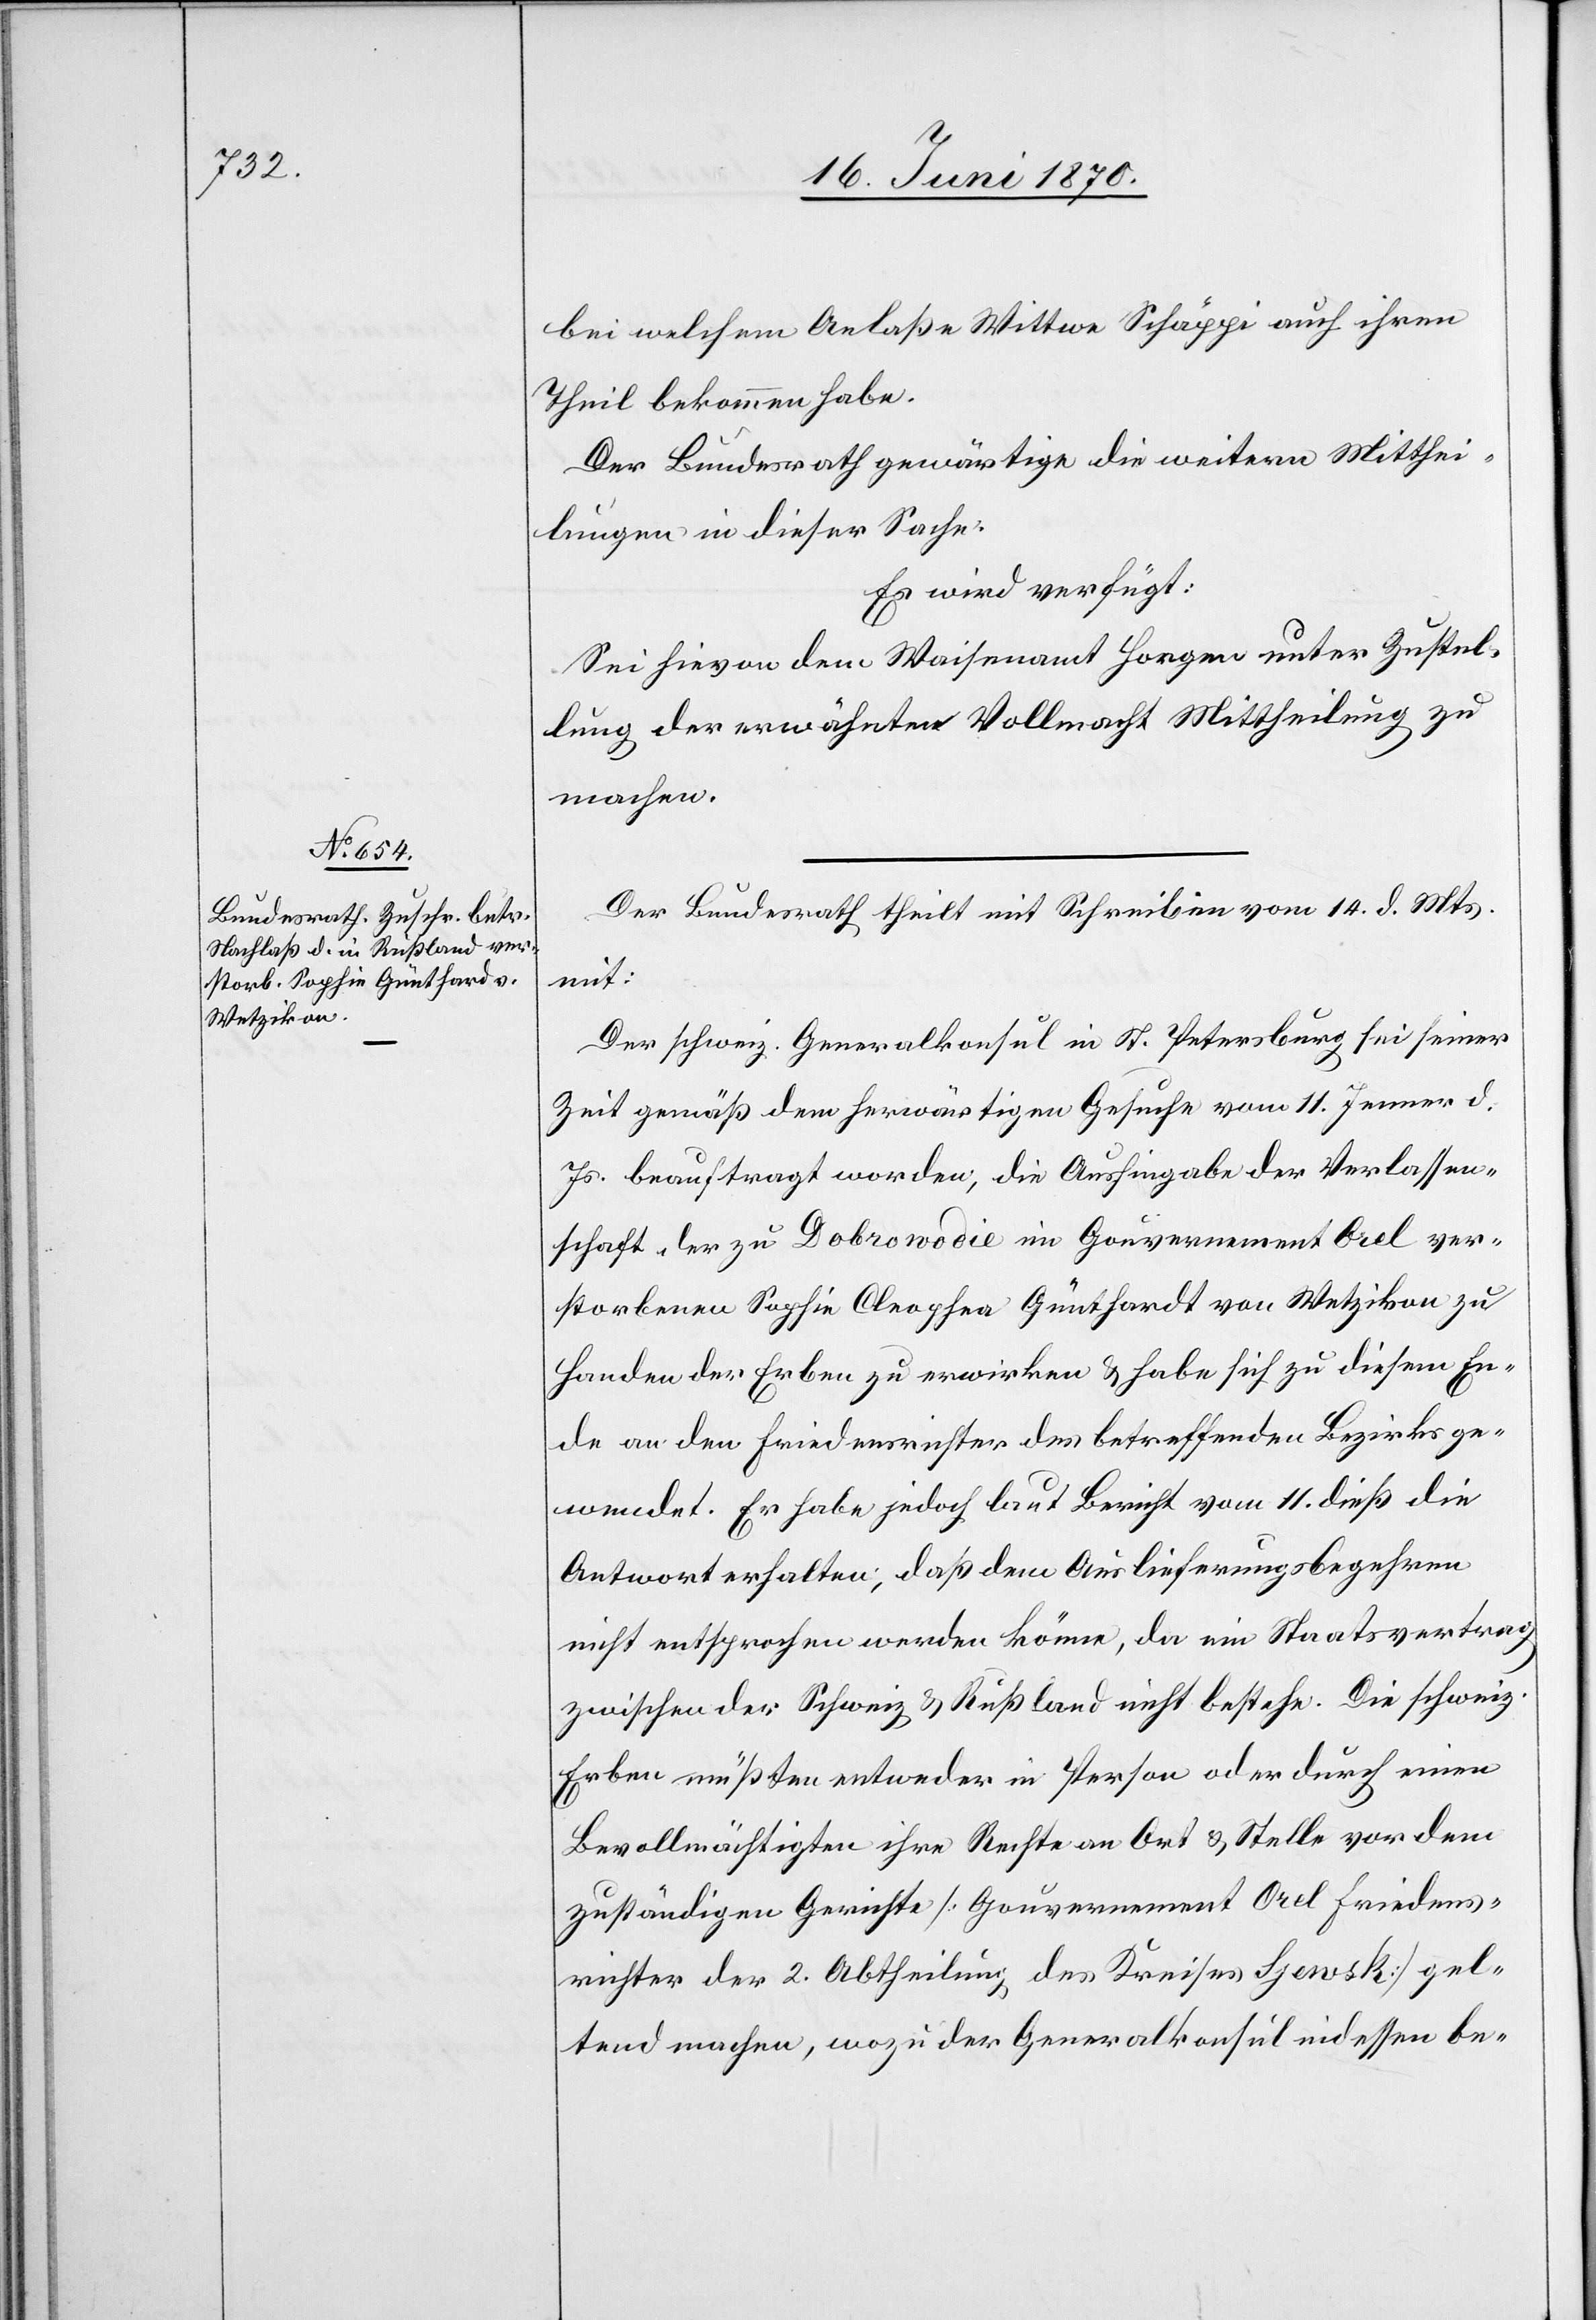
20. Juni 1870.]
bei welchem Anlaße Wittwe Schäppi auch ihren
Theil bekommen habe.
Der Bundesrath gewärtige die weitern Mitthei¬
lungen in dieser Sache.
Es wird verfügt:
Sei hievon dem Waisenamt Horgen unter Zustel¬
lung der erwähnten Vollmacht Mittheilung zu
machen.
Der Bundesrath theilt mit Schreiben vom 14. d. Mts.
mit:
Der schweiz. Generalkonsul in St. Petersburg sei seiner
Zeit gemäß dem herwärtigen Gesuche vom 11. Jenner d.
Js. beauftragt worden, die Aushingabe der Verlassen¬
schaft der zu Dobrowodie im Gouvernement Orel ver¬
storbenen Sophie Cleophea Günthardt [sic!] von Wetzikon zu
Handen der Erben zu erwirken & habe sich zu diesem En¬
de an den Friedensrichter des betreffenden Bezirks ge¬
wendet. Es habe jedoch laut Bericht vom 11. dieß die
Antwort erhalten, daß dem Auslieferungsbegehren
nicht entsprochen werden könne, da ein Staatsvertrag
zwischen der Schweiz & Rußland nicht bestehe. Die schweiz.
Erben müßten entweder in Person oder durch einen
Bevollmächtigten ihre Rechte an Ort & Stelle vor dem
zuständigen Gerichte [Gouvernement Orel Friedens¬
richter der 2. Abtheilung des Kreises Spewsk] gel¬
tend machen, wozu der Generalkonsul indessen be-